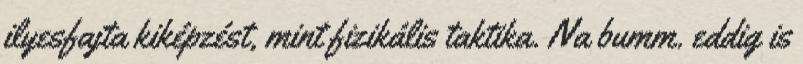
ilyesfajta kiképzést, mint fizikális taktika. Na bumm. eddig is